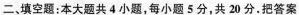
二。填空题：本大题共4小题，每小题5分，共20分。把答案